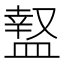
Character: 𥂎